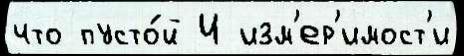
что пусто́й И изм'ер'имост'и